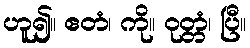
ဟူ၍။ ဧတံ၊ ကို။ ဝုတ္တံ၊ ပြီ။